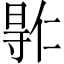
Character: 𫴮